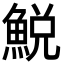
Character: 鮵